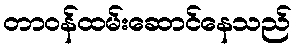
တာဝန်ထမ်းဆောင်နေသည်